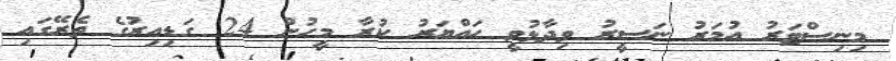
މިނިސްޓަރު އުމަރު ނަސީރު ވިދާޅުވީ ހައްޔަރު ކުރާ މީހުން 24 ގަޑިއިރުގެ ތެރޭގައި